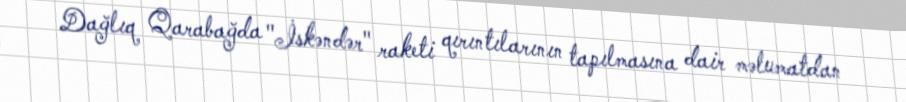
Dağlıq Qarabağda "İskəndər" raketi qırıntılarının tapılmasına dair məlumatdan